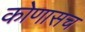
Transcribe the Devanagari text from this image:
कोणासच